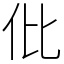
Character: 仳